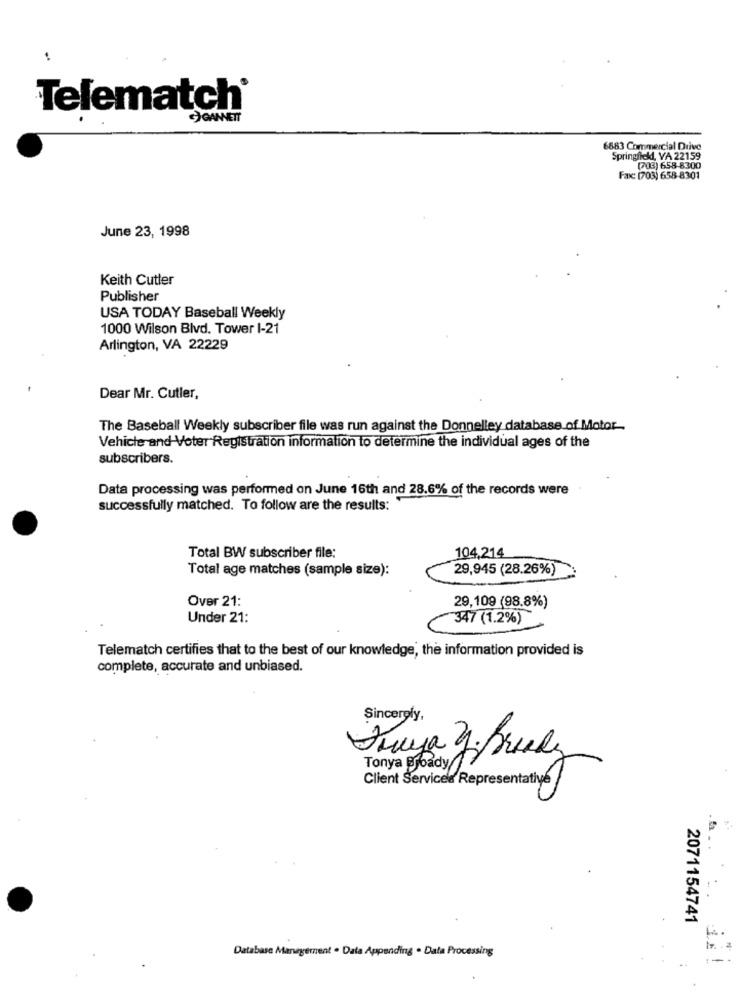
Telematch®
JOANNETT
6883 Commercial Drive
Springfick, VA 22159
(703) 658-8300
Faxc: (703) 658-8301
June 23, 1998
Keith Cutler
Publisher
USA TODAY Baseball Weekly
1000 Wilson Blvd. Tower 1-21
Arlington, VA 22229
Dear Mr. Cutler,
The Baseball Weekly subscriber file was run against the Donnelley database of Motor-
Vehicle and Voter Registration information to determine the individual ages of the
subscribers.
Data processing was performed on June 16th and 28.6% of the records were
successfully matched. To follow are the results:
Total BW subscriber file:
104,214
Total age matches (sample size):
29,945 (28.26%)
Over 21:
29,109 (98.8%)
Under 21:
347 (1.2%)
Telematch certifies that to the best of our knowledge, the information provided is
complete, accurate and unbiased.
Sincerely,
Tonya Broady 7
Client Services Representative
2071154741
1
Database Margement . Data Appending . Data Processing
is .. .
:-